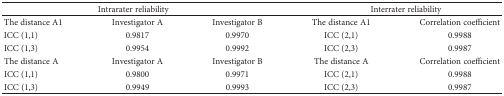
| <COLSPAN=3> Intrarater reliability | <COLSPAN=2> Interrater reliability |
 | --- | --- | --- | --- | --- |
 | The distance A1 | Investigator A | Investigator B | The distance A1 | Correlation coefficient |
 | ICC (1,1) | 0.9817 | 0.9970 | ICC (2,1) | 0.9988 |
 | ICC (1,3) | 0.9954 | 0.9992 | ICC (2,3) | 0.9987 |
 | The distance A | Investigator A | Investigator B | The distance A | Correlation coefficient |
 | ICC (1,1) | 0.9800 | 0.9971 | ICC (2,1) | 0.9988 |
 | ICC (1,3) | 0.9949 | 0.9993 | ICC (2,3) | 0.9987 |